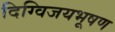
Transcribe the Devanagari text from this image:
दिग्विजयभूषण